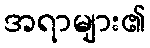
အရာများ၏